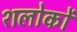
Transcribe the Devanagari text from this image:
शलोकों